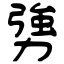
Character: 勥